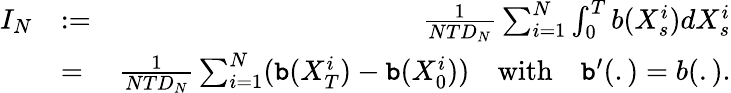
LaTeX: \begin{array}{rlr}{I_{N}}&{:=}&{\frac{1}{NTD_{N}}\sum_{i=1}^{N}\int_{0}^{T}b(X_{s}^{i})dX_{s}^{i}}\\ &{=}&{\frac{1}{NTD_{N}}\sum_{i=1}^{N}({\tt b}(X_{T}^{i})-{\tt b}(X_{0}^{i}))\quad\mathrm{with}\quad{\tt b}^{\prime}(.)=b(.).}\end{array}